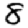
Digit: 8